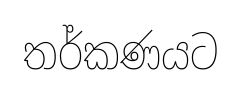
තර්කණයට